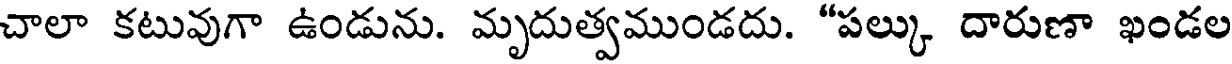
చాలా కటువుగా ఉండును. మృదుత్వముండదు. "పల్కు దారుణా ఖండల